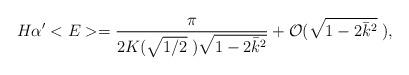
LaTeX: \begin{align*}H\alpha'<E>=\frac{\pi}{2K(\sqrt{1/2}\;)\sqrt{1-2\bar{k}^2}}+{\cal O}(\sqrt{1-2\bar{k}^2}\;),\end{align*}